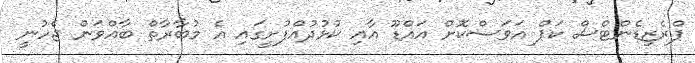
ޕްރެޒިޑެންޓްސް ކަޕް އަވަސްކޮށް އައްޑޫ އާއި ކުޅުދުއްފުށީގައި އެ މުބާރާތް ބާއްވަން ޖެހުނީ